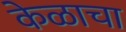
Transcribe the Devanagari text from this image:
केळाचा